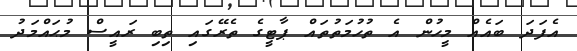
އެފަދަ ބައެއް މީހުން އެ ތުހުމަތުތައް ޕާޓީގެ ތެރޭގައި ތިބި ރައީސް މުޙައްމަދު